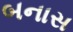
બનાસ